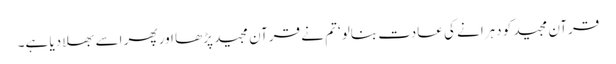
قرآن مجید کو دہرانے کی عادت بنالو‘ تم نے قرآن مجید پڑھا اور پھر اسے بھلا دیا ہے۔